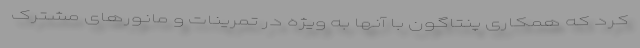
کرد که همکاری پنتاگون با آنها به ویژه در تمرینات و مانورهای مشترک